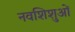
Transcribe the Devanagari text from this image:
नवशिशुओं